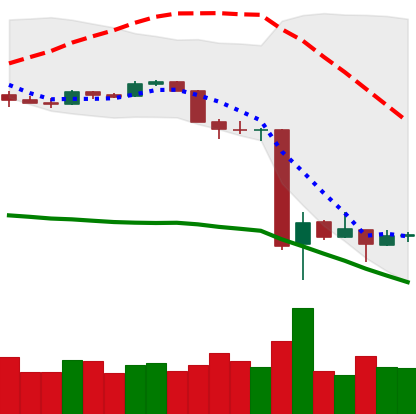
Ticker: BTC-USD
Chart end date: 2020-03-18
Forward return: 22.485%
Label: up_7plus